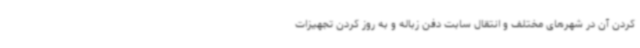
کردن آن در شهرهای مختلف و انتقال سابت دفن زباله و به روز کردن تجهیزات